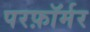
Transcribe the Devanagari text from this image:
परफ़ॉर्मर